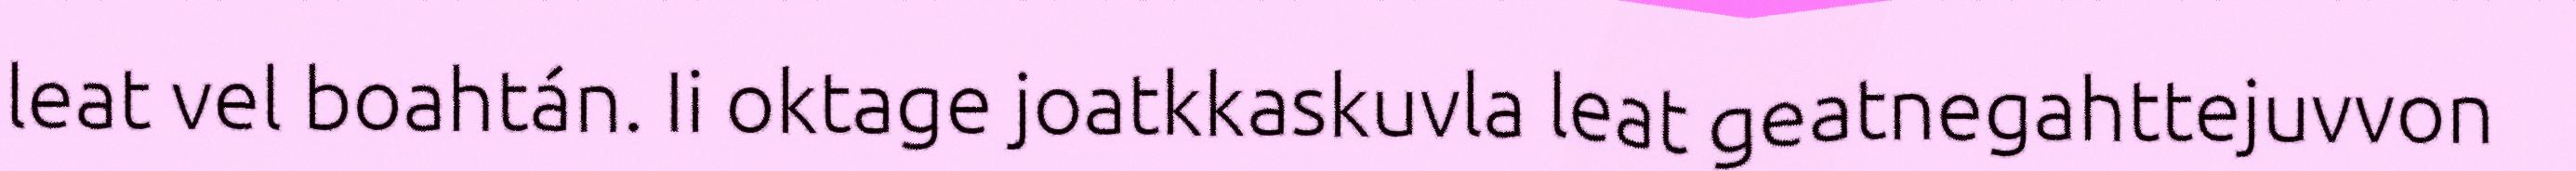
leat vel boahtán. Ii oktage joatkkaskuvla leat geatnegahttejuvvon